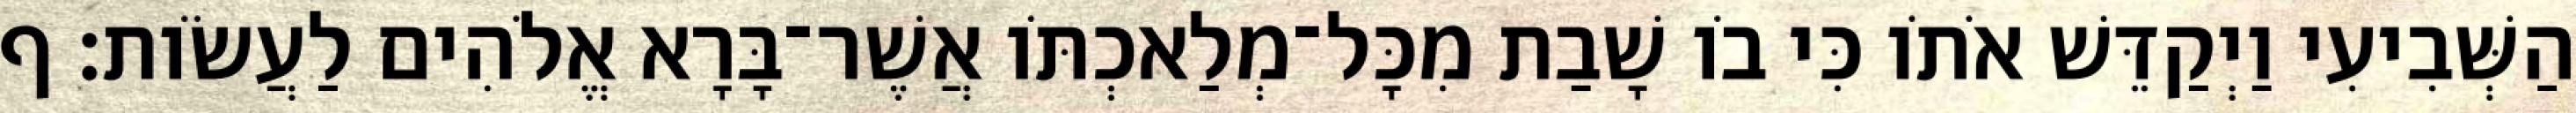
הַשְּׁבִיעִי וַיְקַדֵּשׁ אֹתֹו כִּי בֹו שָׁבַת מִכָּל־מְלַאכְתֹּו אֲשֶׁר־בָּרָא אֱלֹהִים לַעֲשֹׂות׃ ף